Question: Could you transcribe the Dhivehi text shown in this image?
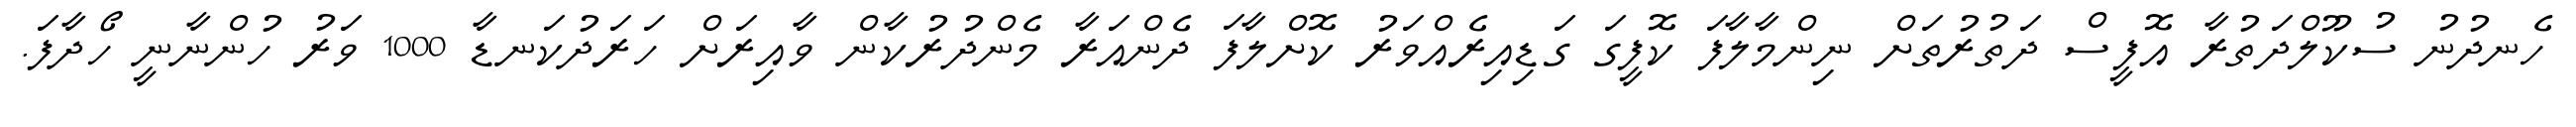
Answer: ހެނދުނު ސުކޫލްދަތުރާ އޮފީސް ދަތުރުތަށް ނިންމާލާފަ ކޮފީގަ ގަޑިއިރެއްވަރު ކޮށްލާފަ ދެންއަރާ މެންދުރުކާން ވާއިރަށް ހަރަދުކަނޑާ 1000 ވަރު ހުންނާނީ ހޯދާފަ.